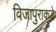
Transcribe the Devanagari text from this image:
विजापुराकडे